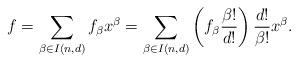
LaTeX: \begin{align*}f=\sum_{\beta\in I(n,d)}f_{\beta}x^{\beta}=\sum_{\beta\in I(n,d)}\left(f_{\beta}{\beta!\over d!}\right){d!\over \beta!}x^{\beta}.\end{align*}